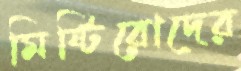
মিষ্টিরোদের